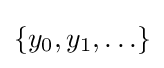
\{y_{0},y_{1},\ldots \}